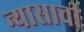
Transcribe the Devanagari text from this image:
न्यासाची